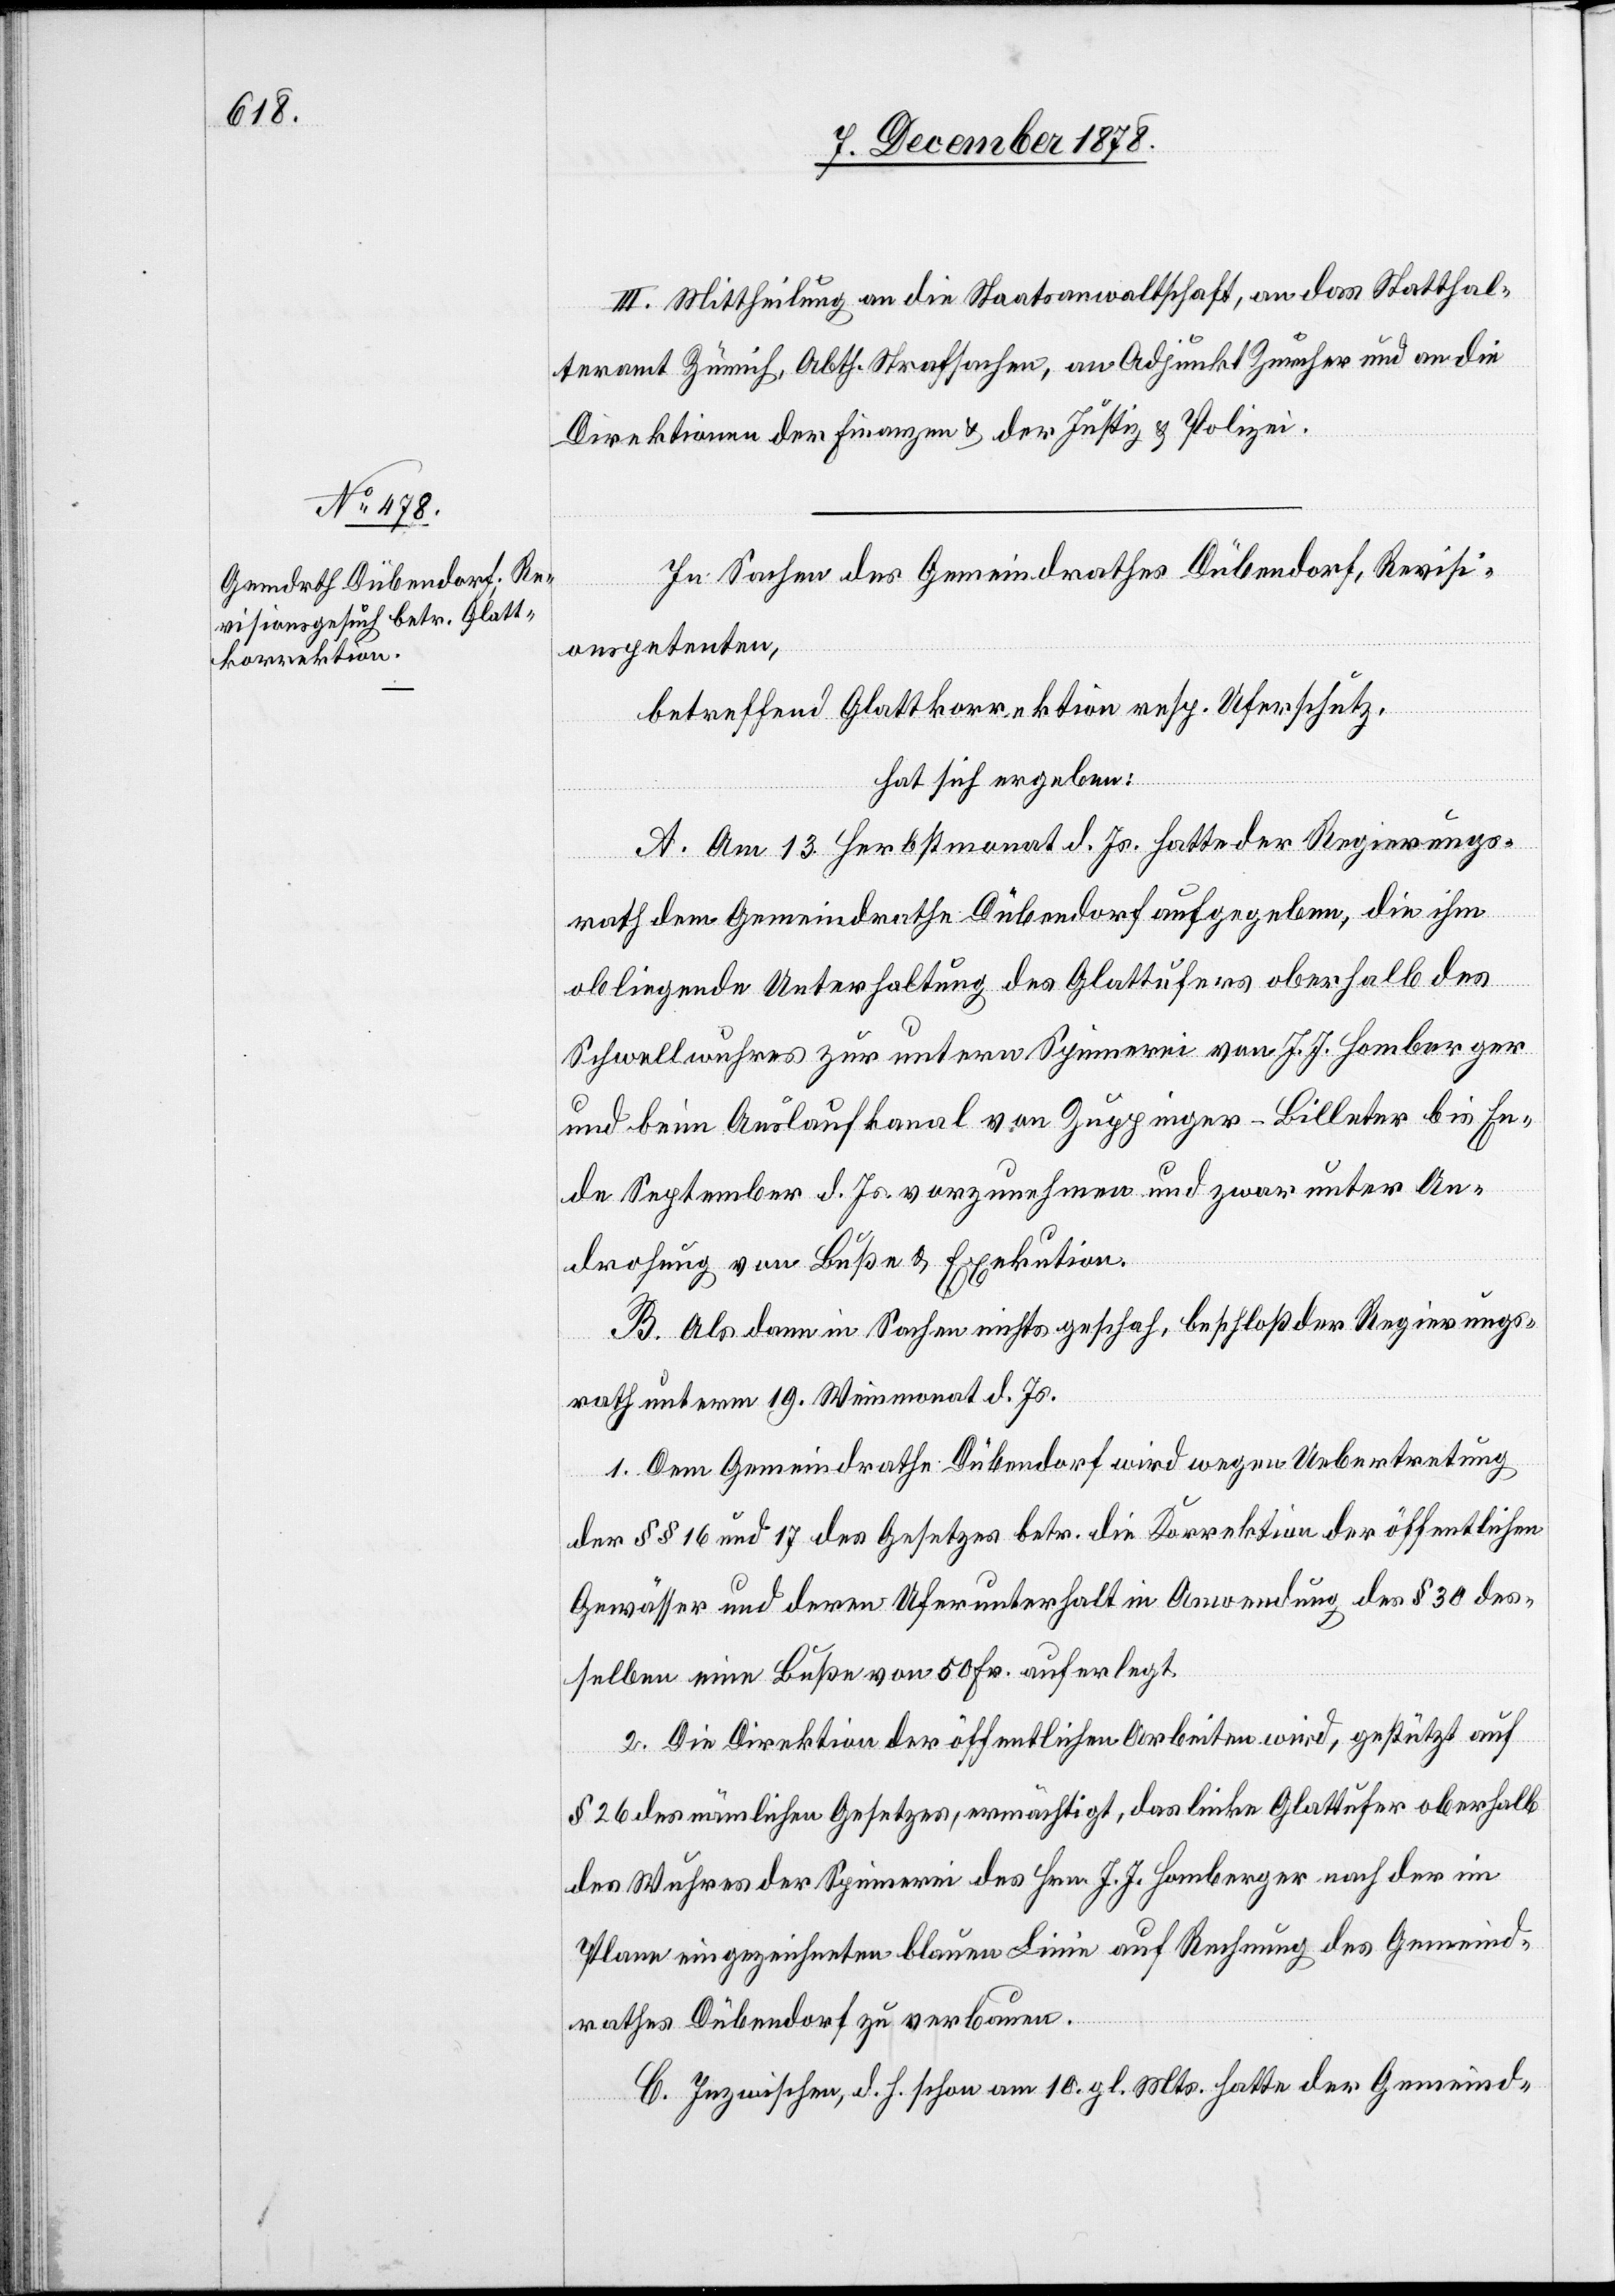
III. Mittheilung an die Staatsanwaltschaft, an das Statthal¬
teramt Zürich, Abth. Strafsachen, an Adjunkt Zürcher und an die
Direktionen der Finanzen & der Justiz & Polizei.
In Sachen des Gemeindrathes Dübendorf; Revisi¬
onspetenten,
betreffend Glattkorrektion resp. Uferschutz,
hat sich ergeben:
A. Am 13. Herbstmonat d. Js. hatte der Regierungs¬
rath dem Gemeindrathe Dübendorf aufgegeben, die ihm
obliegende Unterhaltung des Glattufers oberhalb des
Schwellwuhres zur untern Spinnerei von J. J. Homberger
und beim Auslaufkanal von Zuppinger-Billeter bis En¬
de September d. Js. vorzunehmen und zwar unter An¬
drohung von Buße & Exekution.
B. Als dann in Sachen nichts geschah, beschloß der Regierungs¬
rath unterm 19. Weinmonat d. Js.:
1. Dem Gemeindrathe Dübendorf wird wegen Uebertretung
der §§ 16 und 17 des Gesetzes betr. die Korrektion der öffentlichen
Gewässer und deren Uferunterhalt in Anwendung des § 30 des¬
selben eine Buße von 50 Fr. auferlegt.
2. Die Direktion der öffentlichen Arbeiten wird, gestützt auf
§ 26 des nämlichen Gesetzes, ermächtigt, das linke Glattufer oberhalb
des Wuhres der Spinnerei des Hrn. J. J. Homberger nach der im
Plane eingezeichneten blauen Linie auf Rechnung des Gemeind¬
rathes Dübendorf zu verbauen.
C. Inzwischen, d. h. schon am 10. gl. Mts. hatte der Gemeind-